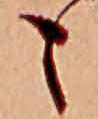
も